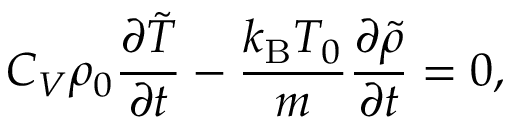
C _ { V } \rho _ { 0 } \frac { \partial \tilde { T } } { \partial t } - \frac { k _ { \mathrm { B } } T _ { 0 } } { m } \frac { \partial \tilde { \rho } } { \partial t } = 0 ,